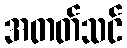
အတတ်သင်